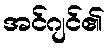
အင်ဂျင်၏